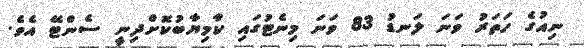
ނިއުގެ ހަތަރު ވަނަ ލަނޑު 83 ވަނަ މިނެޓުގައި ކާމިޔާބުކޮށްދިނީ ސެންޓޭ އެވެ.